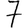
Digit: 7